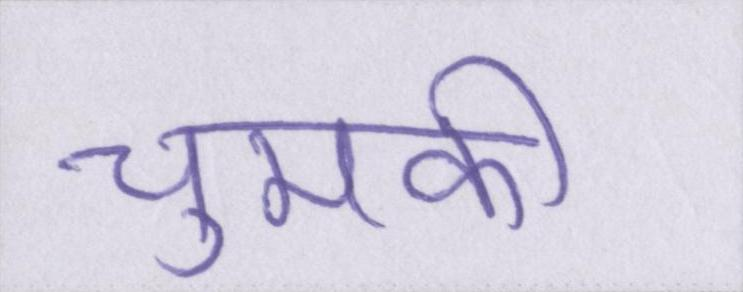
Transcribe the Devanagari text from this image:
चुमकी